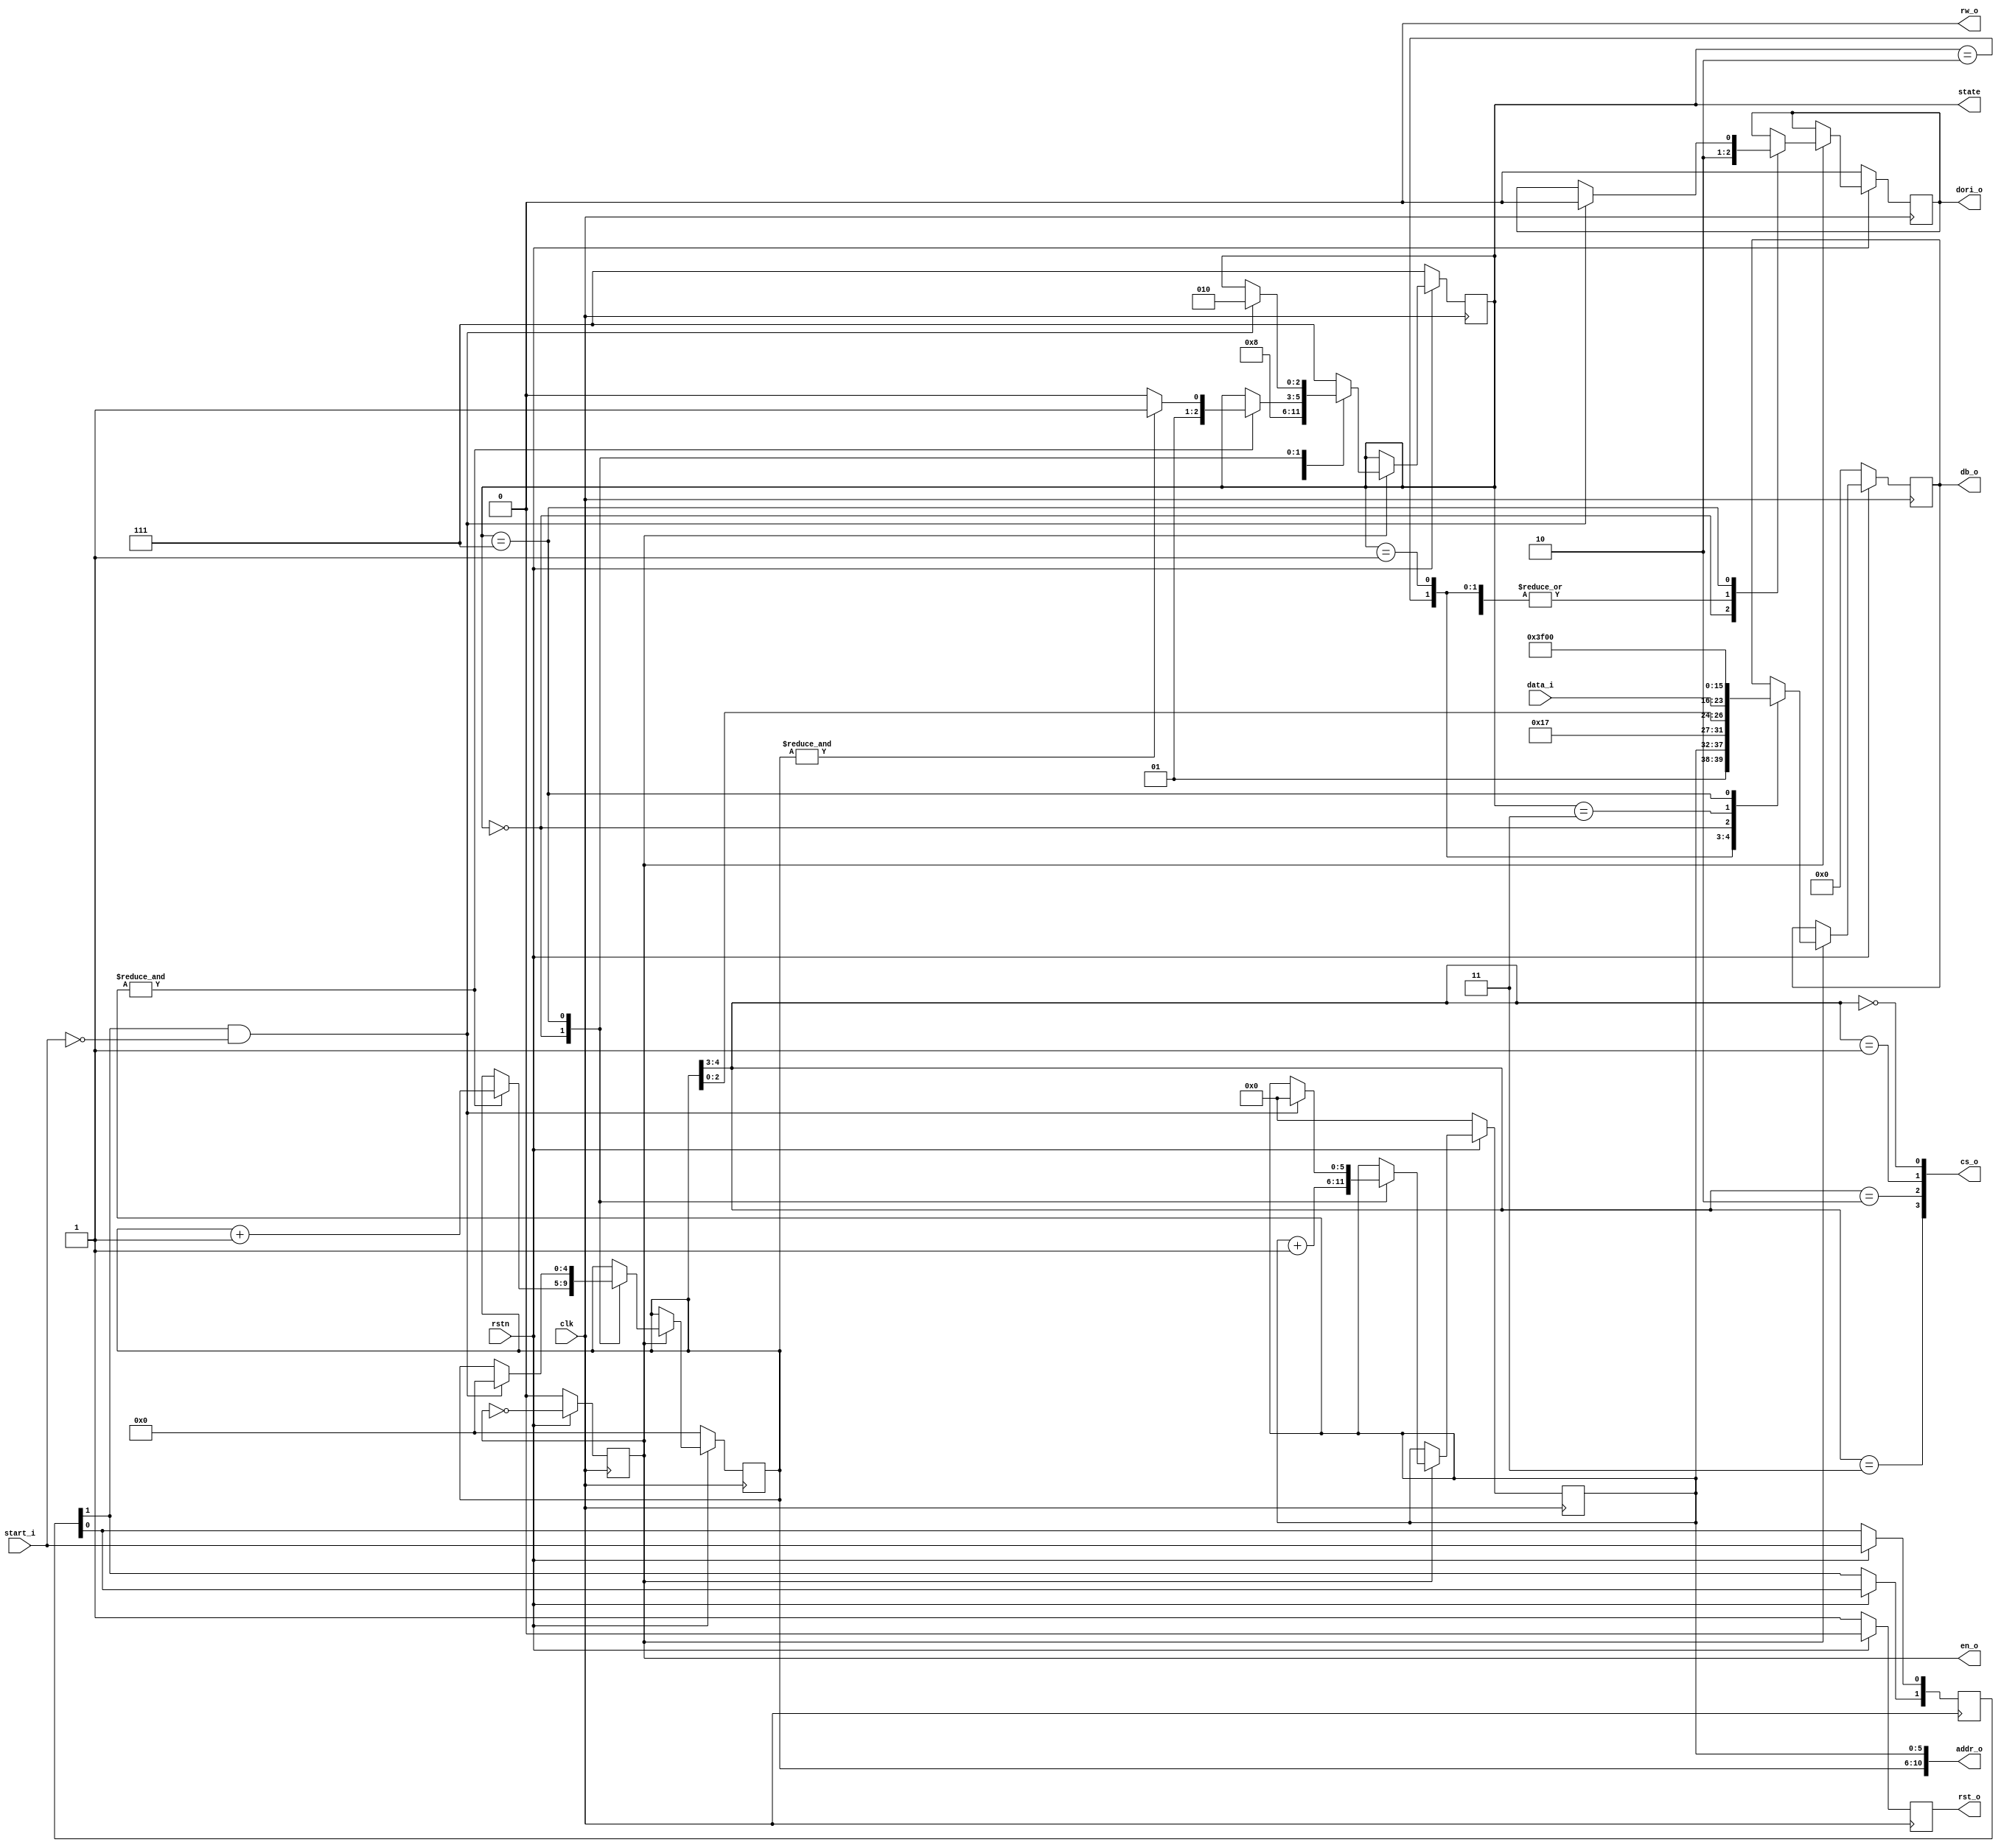
module Driver(
    clk,
    rstn,

    start_i,
    addr_o,
    data_i,

    db_o,
    dori_o,
    cs_o,
    en_o,
    rw_o,
    rst_o,
    state
);

input clk;
input rstn;
input start_i;
reg [1:0]start_history;
output [10:0]addr_o;//one LCD_Graphic
input [7:0]data_i;
// wire [7:0]data_i;//debug
// assign data_i=8'b00100110;//debug

output reg [7:0]db_o;
output [3:0]cs_o;
output reg en_o;
output rw_o;
output reg dori_o;
output reg rst_o;

reg [5:0]y;
reg [4:0]x;
output reg [2:0]state;

//state machine
parameter HALT=3'd7;
parameter READY2=3'd2;
parameter READY1=3'd1;
parameter GO=3'd0;
parameter TOSHOW=3'd3;
//   -(reset)-> [HALT] -(start)-> [READY2]
//               ^                ^     v
//            [TOSHOW]   <-     [GO] <- [READY1]

//clk   _-_-_-_-_-_-_-_-_-_-_-_-_-_-_-
//en    _--__--__--__--__--__--__--__
//state p..q...s...t...........y...
//state changes when en falls down. (and data/instuction will also be transferred then.)

assign addr_o[10:0]={x[4:0],y[5:0]};
assign cs_o[0]=(x[4:3]==2'b00);//CS1 of left LCDG
assign cs_o[1]=(x[4:3]==2'b01);//CS2 of left LCDG
assign cs_o[2]=(x[4:3]==2'b10);//CS1 of right LCDG
assign cs_o[3]=(x[4:3]==2'b11);//CS2 of right LCDG
assign rw_o=0;

always@(posedge clk)begin
    if (!rstn) begin
        db_o<=0;
        en_o<=0;
        dori_o<=0;
        rst_o<=1;
        y<=0;
        x<=0;
        state<=HALT;
    end
    else begin
        rst_o<=0;
        en_o<=~en_o;
        start_history[0]<=start_i;
        start_history[1]<=start_history[0];
        if(en_o)begin
            case(state)
                READY2:begin//when ready2, must have cleared already, prepare to set Y.
                    db_o<={2'b01,y[5:0]};
                    state<=READY1;
                    dori_o<=0;
                end
                READY1:begin//when ready1, must have set Y already, prepare to set X and GO.
                    db_o<={5'b10111,x[2:0]};
                    state<=GO;
                    dori_o<=0;
                end
                GO:begin//when going, prepare correct x and y for the next time and send until a column is over, or a graph is over.
                    db_o<=data_i;
                    dori_o<=1;
                    if(&y) begin
                        if(&x)begin
                            state<=TOSHOW;
                        end
                        else begin
                            state<=READY2;
                        end
                        x<=x+1;
                    end
                    y<=y+1;
                end
                TOSHOW:begin//when TOSHOW, must have sent all data, prepare to show and stop processing.
                    db_o<=8'b0011_1111;
                    dori_o<=0;
                    state<=HALT;
                end
                HALT:begin//halt
                    if(start_history[1]==1 && start_i==0)begin//then clear screen and change to ready2
                        y<=0;
                        x<=0;
                        // db_o<=8'b0011_1110;//clear. may cause blinking.
                        db_o<=8'b0000_0000;//do not clear
                        dori_o<=0;
                        state<=READY2;
                    end
                    else begin
                        db_o<=8'b0000_0000;
                    end
                end
                default:begin
                    state<=HALT;
                end
            endcase    
        end
    end
end

endmodule

// to be tested.